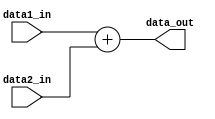
`timescale 1ns / 1ps

module Adder(
   data1_in,
    data2_in,
    data_out
);


input   [31:0]  data1_in;
input   [31:0]  data2_in;
output  [31:0]  data_out;

reg [31:0] data_out;

always @(data1_in or data2_in) begin
	data_out = data1_in + data2_in;
end

endmodule